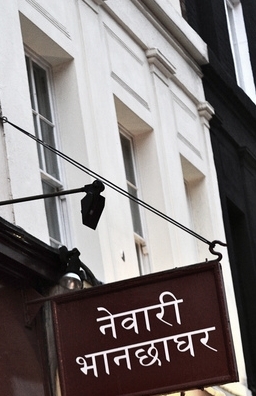
Language: hindi
Transcription: भानछाघर नेवारी